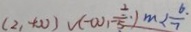
( 2 , + \infty ) V ( - \infty , - \frac { 2 . } { 5 } ) m < \frac { 6 . } { 7 }